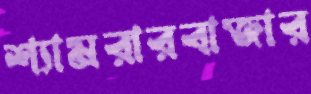
শ্যামরারবাজার